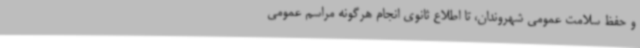
و حفظ سلامت عمومی شهروندان، تا اطلاع ثانوی انجام هرگونه مراسم عمومی